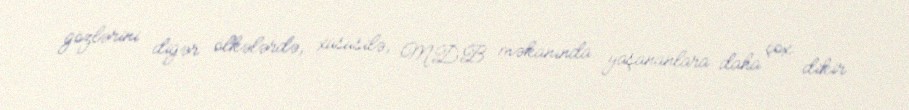
gözlərini digər ölkələrdə, xüsusilə, MDB məkanında yaşananlara daha çox dikir.